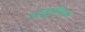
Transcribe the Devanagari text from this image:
तत्पूर्वीच्या